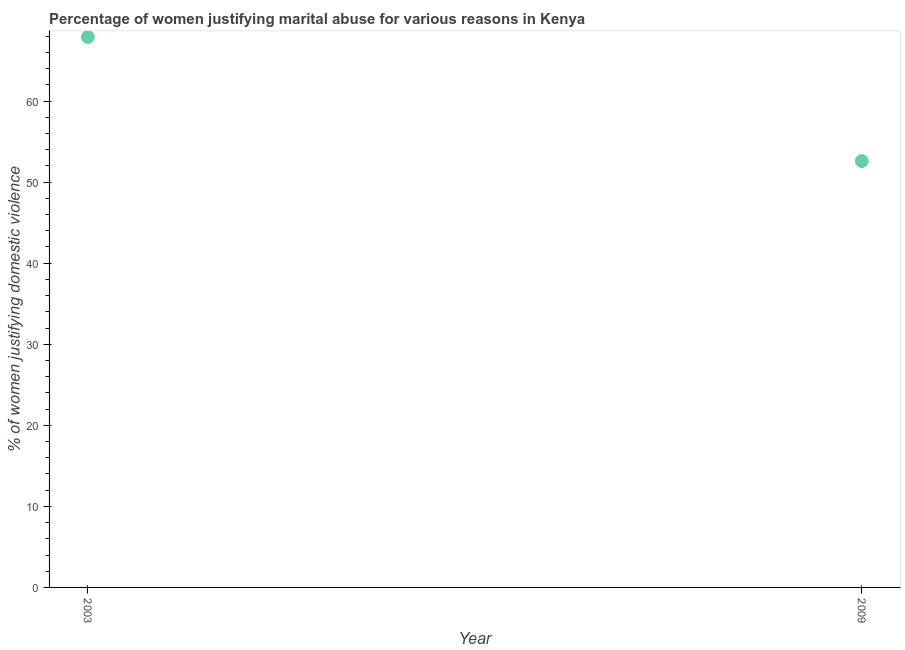
| Year | Physical abuse |
 | --- | --- |
 | 2003 | 67.9 |
 | 2009 | 52.6 |